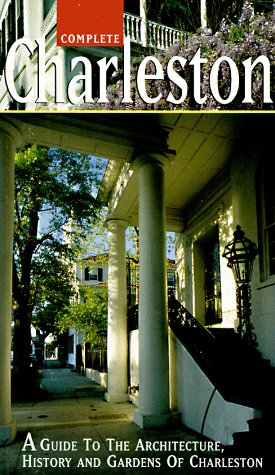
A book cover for Complete Charleston: A Guide to the Architecture, History and Gardens of Charleston; Margaret H. Moore; Travel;